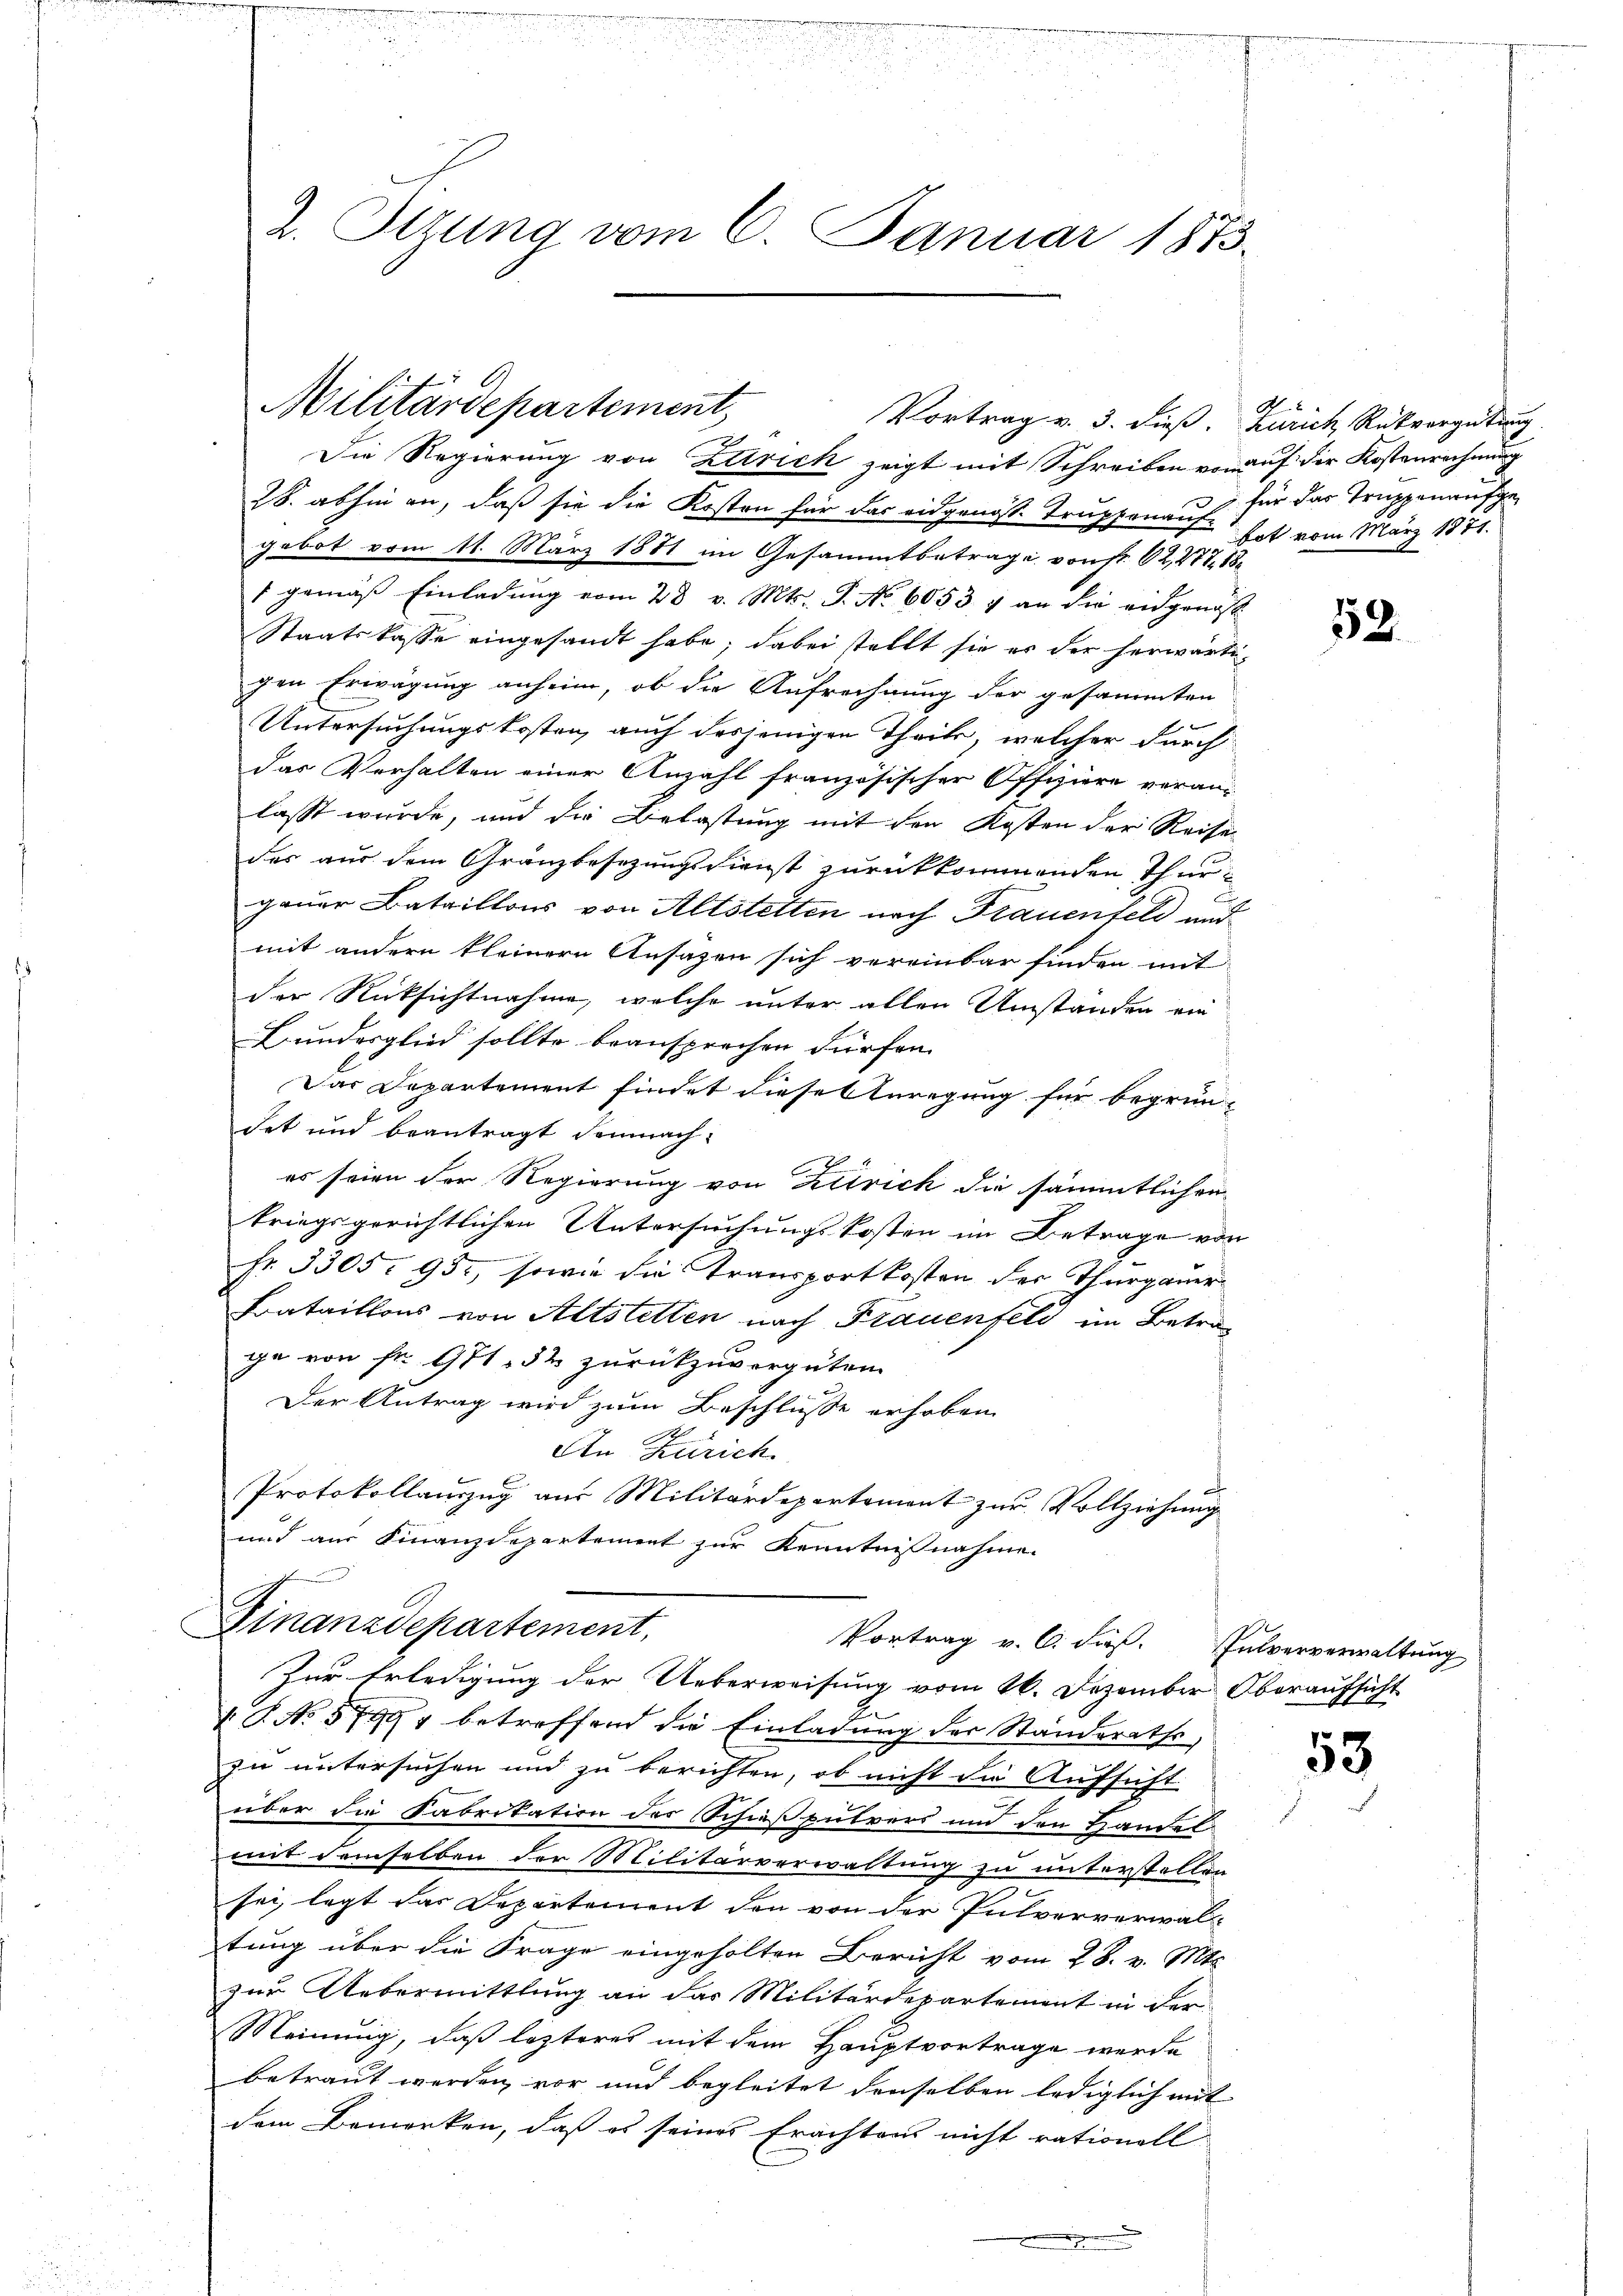
u

2. Sizung vom 6. Januar 1873.

Militärdepartement
Vortrag v. 3. dieß. Zürich Rückvergütung

Die Regierung von Zürich zeigt mit Schreiben vorauf der Kostenrechnung
28. abhin an, daß sie die Kosten für das eidgenöss. Truppenauf für das Truppenaufgegebot vom 11. März 1871 im Gesammtbetrage von Fr. 62, 477. 18
1 gemäß Einladung vom 28. v. Mts. S. No 6053 & an die eidgenoss
Staatskasse eingesandt habe; dabei stellt sie er der herwärtigen Erwägung anheim, ob die Aufrechnung der gesammten
Untersuchungskosten, auch desjenigen Theils, welcher durch
das Verhalten einer Anzahl französischer Offiziere veran-
lasst wurde, und die Belastung mit den Kosten der Reise
das aus dem Gränzbesezungsdienst zurückkommenden Thurgauer Bataillons von Altstetten nach Frauenfeld und
mit andern kleinern Ansagen sich vereinbar finden mit
der Rücksichtnahme, welche unter allen Umständen ein
Bunderglied sollte beansprechen dürfen.
Das Departement findet diesesturegung für begrün-
det und beantragt demnach
es seien der Regierung von Zürich die sämmtlichen
kriegsgerichtlichen Untersuchungskosten im Betrage von
Fr. 3305. 95, sowie die Transportkosten des Thurgauer
Frataillons von Altstetten nach Frauenfeld im Betrage von fr. 971. 52 zurückzuvergüten
Der Antrag wird zum Beschlüsse erhoben
An Zürich
Protokollauszug aus Militärdepartement zur Vollziehung
und aus Finanzdepartement zur Kenntnisnahme.

Finanzdepartement,
Vortrag v. 6. dieß. Pulververwaltung
Zur Erledigung der Ueberweisung vom 26. Dezember Oberaufsicht

1 S. No 5799 betreffend die Einladung der Ständerathes,
zu untersuchen und zu berichten, ob nicht die Aufsicht
über die Fabrikation des Schießpulvers und den Handel
mit demselben der Militärverwaltung zu unterstellen
sei, legt das Departement den von der Pulververwal
tung über die Frage eingeholten Bericht vom 28. v. Mts.
zur Uebermittlung an das Militärdepartement in der
Meinung, daß lezteres mit dem Hauptvortrage werde
betraut werden vor und begleitet denselben lediglich mit
dem Bemerken, daß es seines Erachtens nicht rationell
x

bot vom März 1871.

52.

53